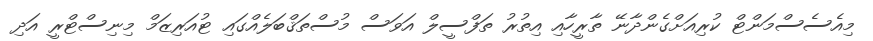
މިއެސެސްމަންޓް ކުރިއަށްގެންދާނޭ ތާރީހާއި އިތުރު ތަފްސީލް އަވަސް މުސްތަޤްބަލެއްގައި ޓުއަރިޒަމް މިނިސްޓްރީ އަދި